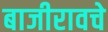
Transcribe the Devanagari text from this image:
बाजीरावचे